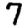
Digit: 7